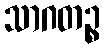
သာဂတဉ္စ